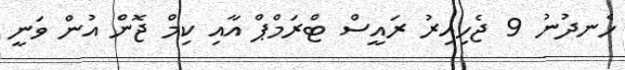
ހެނދުނު 9 ޖެހިއިރު ރައީސް ޓްރަމްޕް އާއި ކިމް ޖޮން އުން ވަނީ